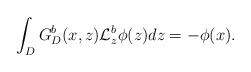
\begin{align*}\int_{D}G^{b}_{D}(x,z)\mathcal{L}^{b}_{z}\phi(z)dz=-\phi(x).\end{align*}